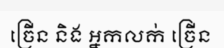
ច្រើន និង អ្នកលក់ ច្រើន